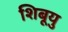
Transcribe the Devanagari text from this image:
शिबूयु